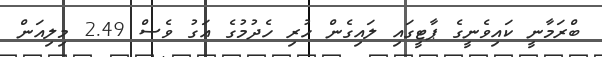
ބްރަމާނީ ކައިވެނީގެ ޕާޓީގައި ލައިގެން ހުރި ހެދުމުގެ އަގު ވެސް 2.49 މިލިއަން